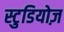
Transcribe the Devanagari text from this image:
स्टुडियोज़